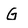
Character: G